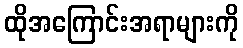
ထိုအကြောင်းအရာများကို